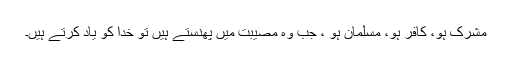
مشرک ہو، کافر ہو، مسلمان ہو ، جب وہ مصیبت میں پھنستے ہیں تو خدا کو یاد کرتے ہیں۔